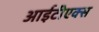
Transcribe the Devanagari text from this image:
आईटीएक्स